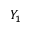
Y _ { 1 }